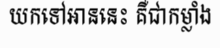
យកទៅអាននេះ គឺជាកម្លាំង